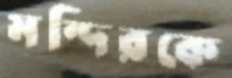
মন্দিরকে